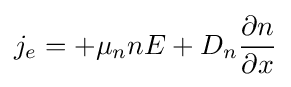
j_{e}=+\mu _{n}nE+D_{n}{\frac {\partial n}{\partial x}}